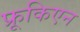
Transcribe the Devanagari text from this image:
फ्रूकिएन